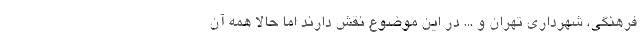
فرهنگی، شهرداری تهران و ... در این موضوع نقش دارند اما حالا همه آن